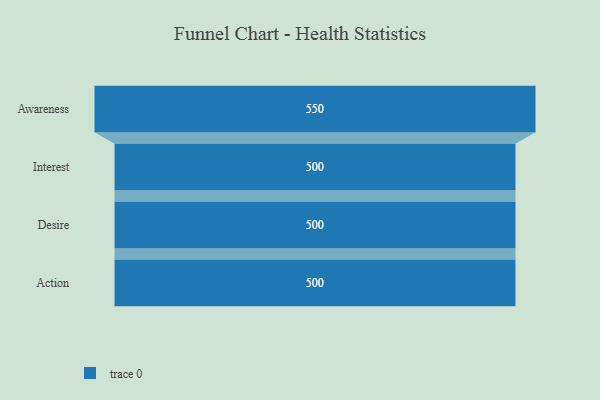
{"axis": {"x": "Stage", "y": "Value"}, "legend": [""], "data": [{"x": "Awareness", "y": 550.0, "type": ""}, {"x": "Interest", "y": 500, "type": ""}, {"x": "Desire", "y": 500, "type": ""}, {"x": "Action", "y": 500, "type": ""}]}